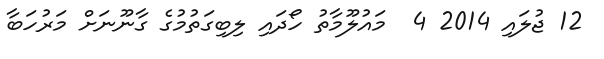
12 ޖުލައި 2014 4  މައުލޫމާތު ހޯދައި ލިބިގަތުމުގެ ގާނޫނަށް މަރުހަބާ